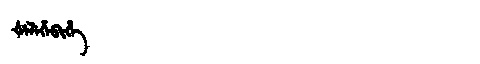
Manchu: ᡧᡝᠯᡝᡥᡝᠪᡳᡥᡝ
Romanization: ŠELEHEBIHE